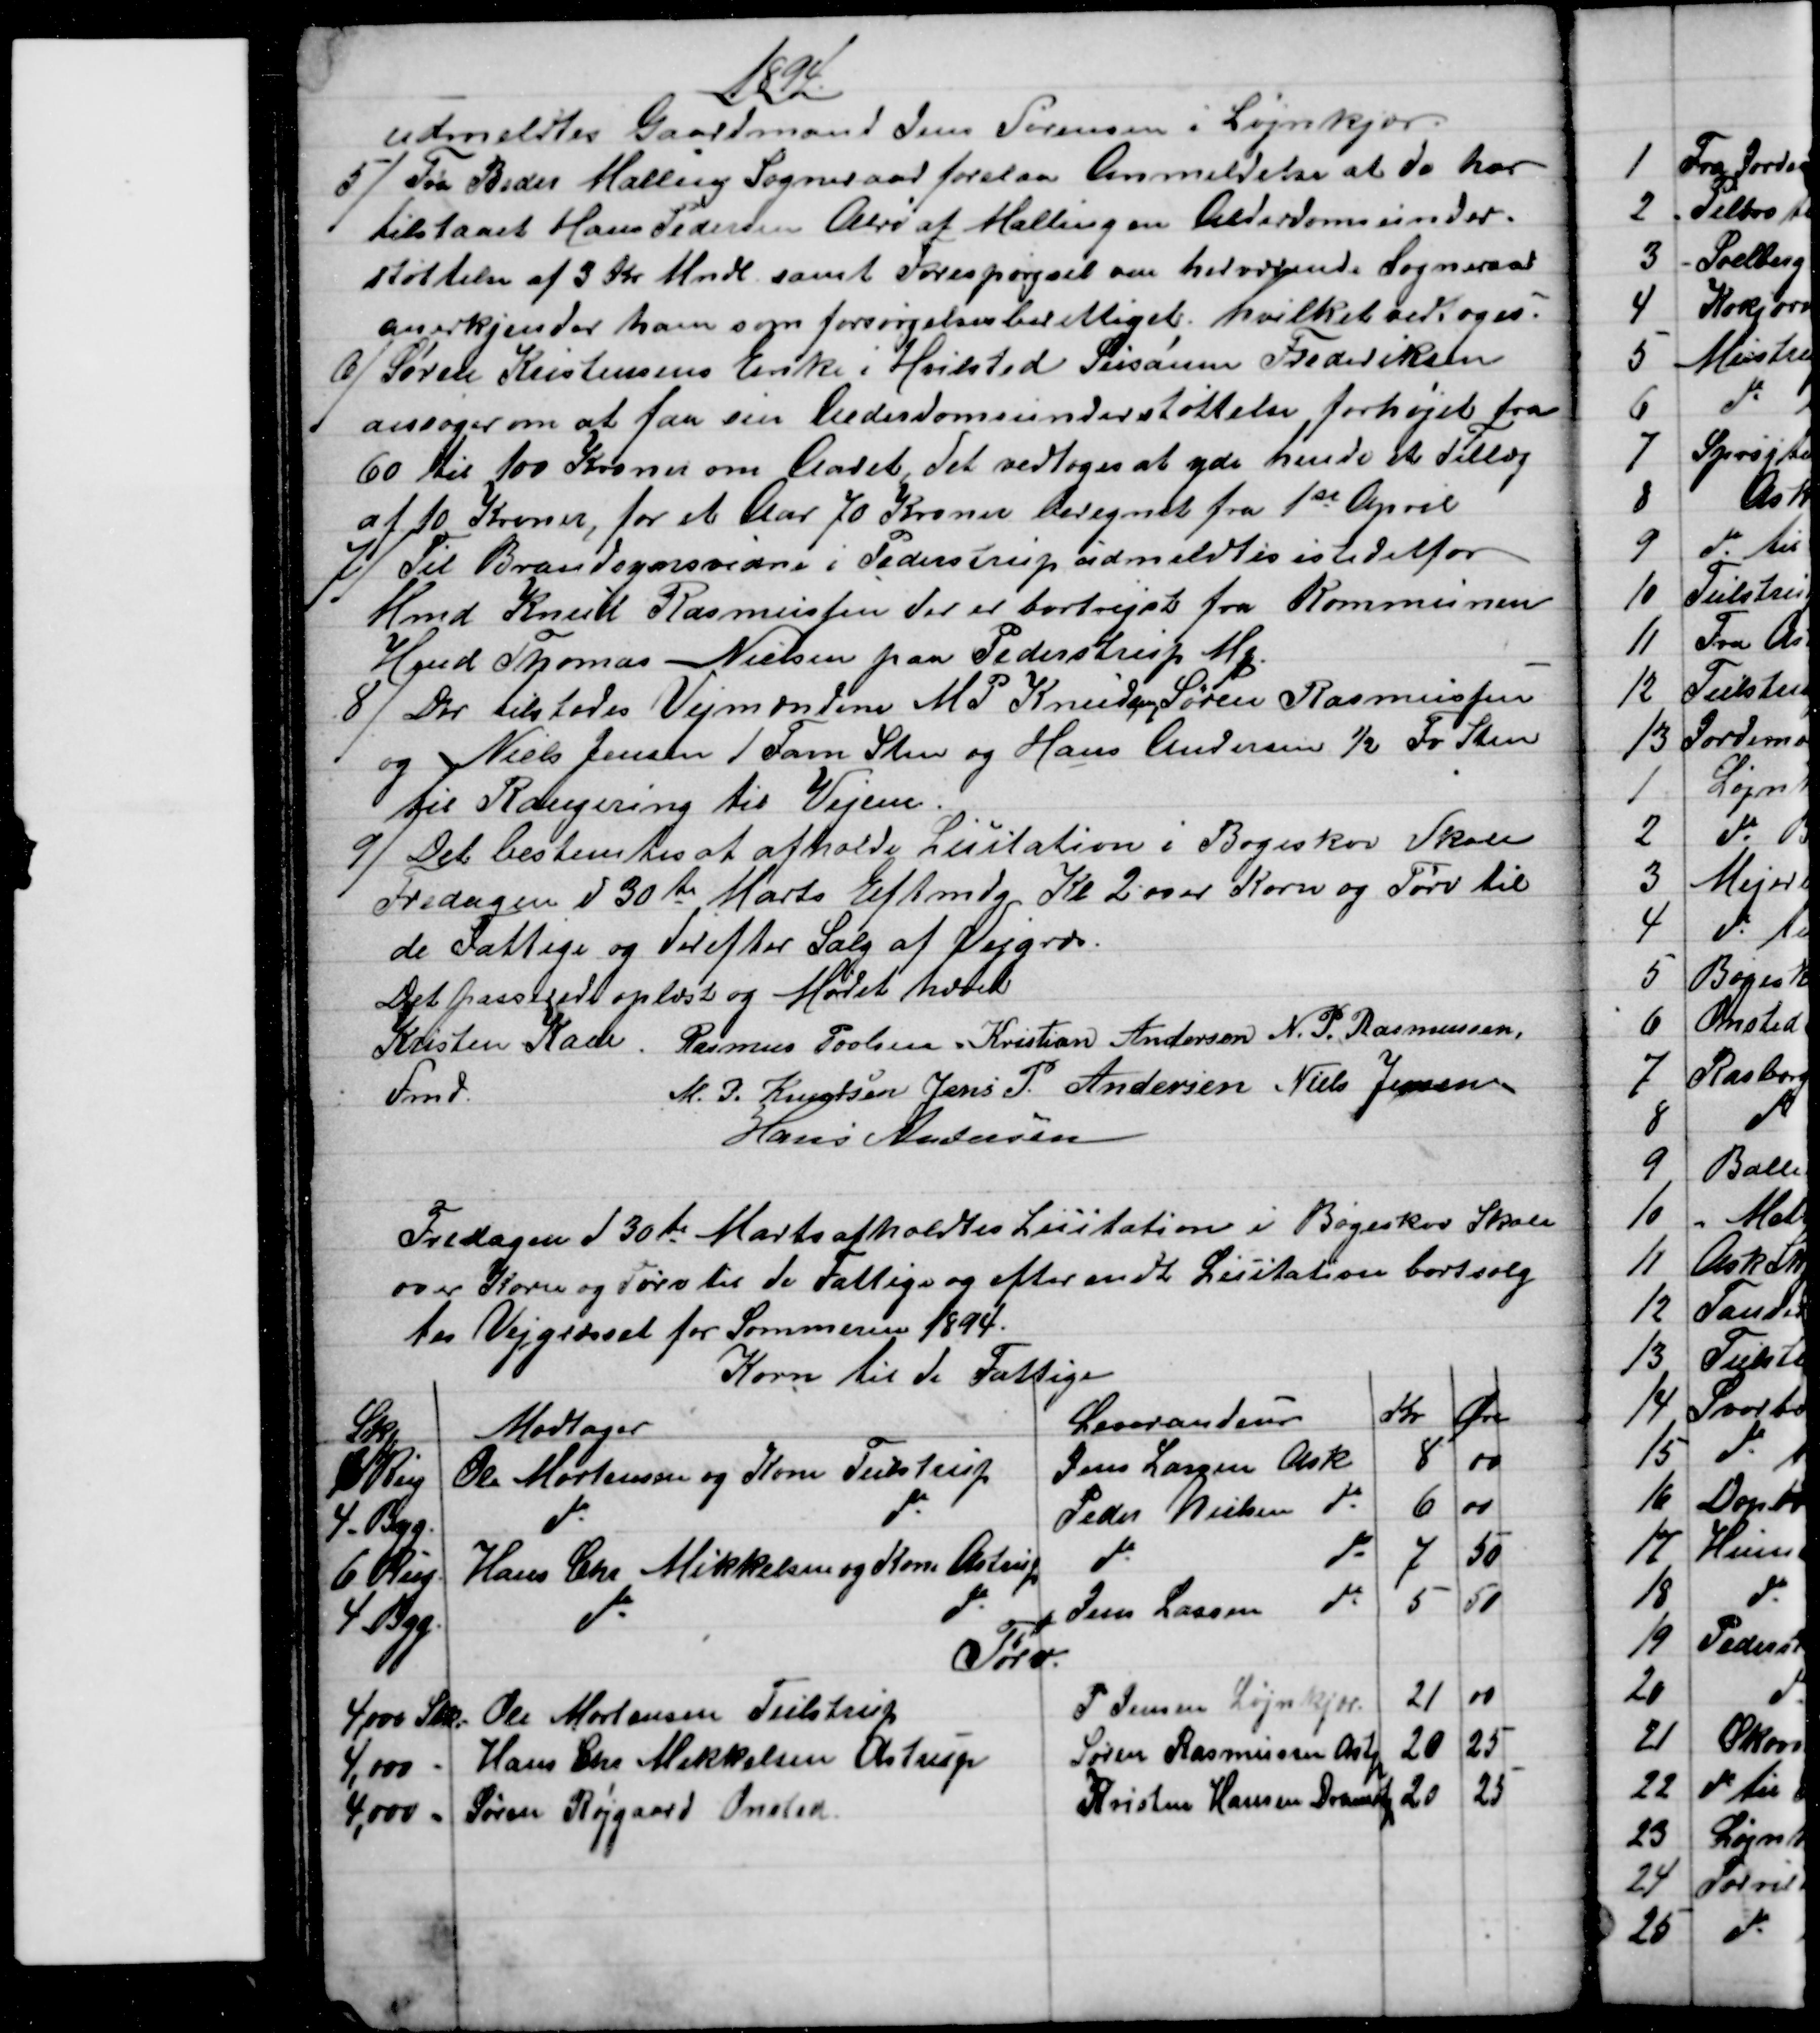
Transskription:
1894
udmeldtes Gaardmand Jens Sørensen i Løjnkjær.
5) 
Fra Beder Malling Sogneraad forelaa Anmeldelse at de har
tilstaaet Hans Pedersen Alrø af Malling en Alderdomsunder-
støttelse af 3 Kr. Mndl. samt Forespørgsel om herværende Sogneraad
anerkjender ham som forsørgelsesberettiget; hvilket vedtoges.
6)
Søren Kristensens Enke i Hvilsted Susanne Frederiksen
ansøger om at faa sin Alderdomsunderstøttelse forhøjet fra
60 til 100 Kroner om Aaret, det vedtoges at yde hende et Tillæg
af 10 Kroner, for et Aar 70 Kroner beregnet fra 1st April
7) 
Til Brandsynsvidne i Pederstrup udmeldtes istedetfor
Hmd Knud Rasmussen der er bortrejst fra Kommunen
Hmd Thomas Nielsen paa Pederstrup Mq
8) 
Der tilstodes Vejmændene M. P. Knudsen, Søren Rasmussen
og Niels Jensen 1 Favn Sten og Hans Andersen ½ Fv Sten
til Rangering til Vejene.
9) 
Det bestemtes at afholde Licitation i Bøgeskov Skole
Fredagen d 30te Marts Eftmdg Kl. 2 over Korn og Tørv til
de Fattige og derefter Salg af Vejgræs.
Det passerede oplæst og Mødet hævet Det passerede oplæst og Mødet hævet
Kristen Kaae. 
Fmd.
Rasmus Povlsen Kristian Andersen N. P. Rasmussen,
M. P. Knudsen Jens P. Andersen Niels Jensen
Hans Andersen
Fredagen d 30te Marts afholdtes Licitation i Bøgeskov Skole
over Korn og Tørv til de Fattige og efter endt Licitation bortsolg
tes Vejgræsset for Sommeren 1894.
Korn til de Fattige
Skp
Modtager
Leverandeur
Kr
Øre
6 Rug
Ole Mortensen og Kone Tulstrup
Jens Lassen Ask
8
00
4 - Byg.
do
do
Peder Nielsen do
6
00
6 Rug
Hans Chr Mikkelsen og Kone Astrup
do 
do
7
50
4 - Byg
do 
do
Jens Larsen do
5
50
Tørv
4,000 Stk.
Ole Mortensen Tulstrup
P. Jensen Løjnkjær
21
00
4,000 -
Hans Chr Mikkelsen Astrup
Søren Rasmussen Astp
20
25
4,000 - 
Søren Røjgaard Onsted
Kristen Hansen Dramlstp
20
25